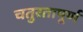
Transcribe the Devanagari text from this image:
चतुरतापूर्ण